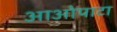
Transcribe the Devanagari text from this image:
आओपाटा